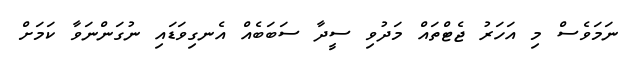
ނަމަވެސް މި އަހަރު ޖެޓްތައް މަދުވި ސީދާ ސަބަބެއް އެނގިވަޑައި ނުގަންނަވާ ކަމަށް